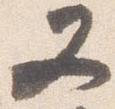
又